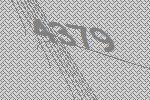
4379